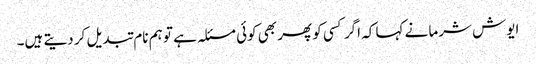
ایوش شرما نے کہا کہ اگر کسی کو پھر بھی کوئی مسئلہ ہے تو ہم نام تبدیل کر دیتے ہیں۔